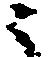
ニ